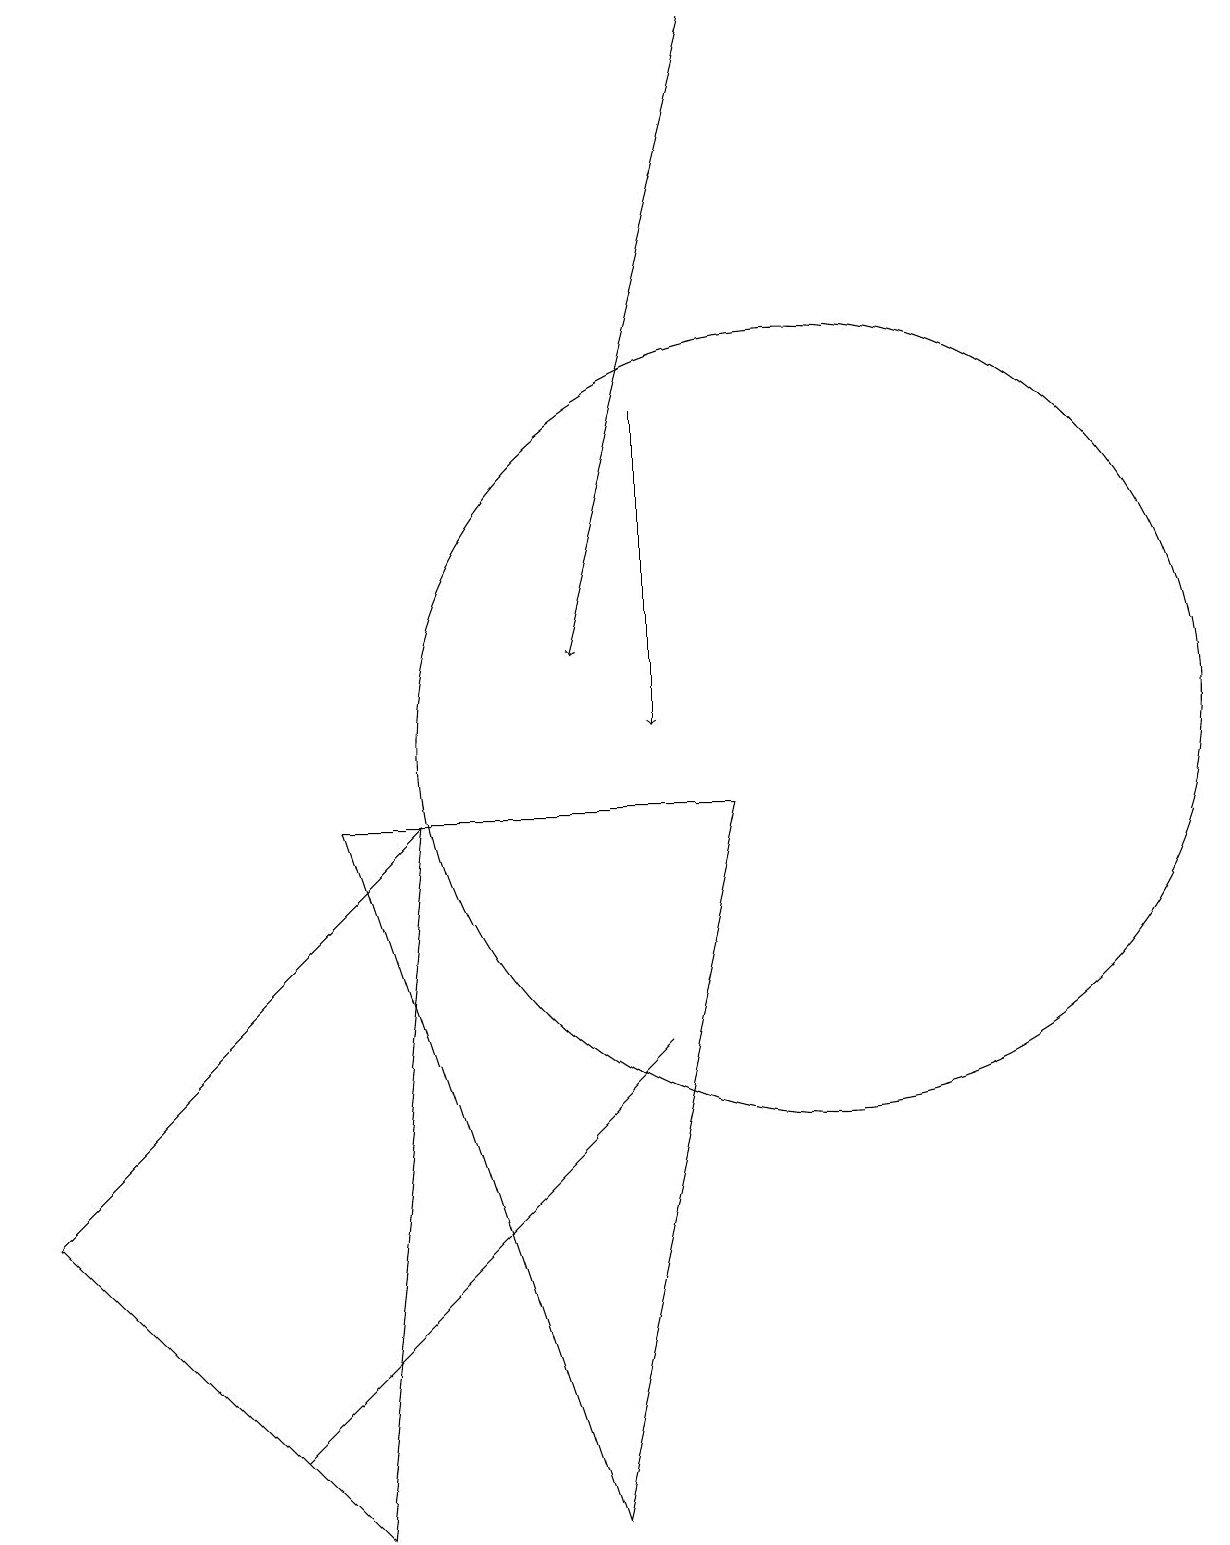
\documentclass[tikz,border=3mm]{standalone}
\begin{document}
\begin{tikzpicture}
\draw (4,9) -- (7,0) -- (9,9) -- cycle;
\draw (10,10) circle (5);
\draw[->] (9,19) -- (7,11);
\draw (7,5) -- (8,6) -- (3,1) -- cycle;
\draw (5,9) -- (0,4) -- (4,0) -- cycle;
\draw[->] (8,14) -- (8,10);
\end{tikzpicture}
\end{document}